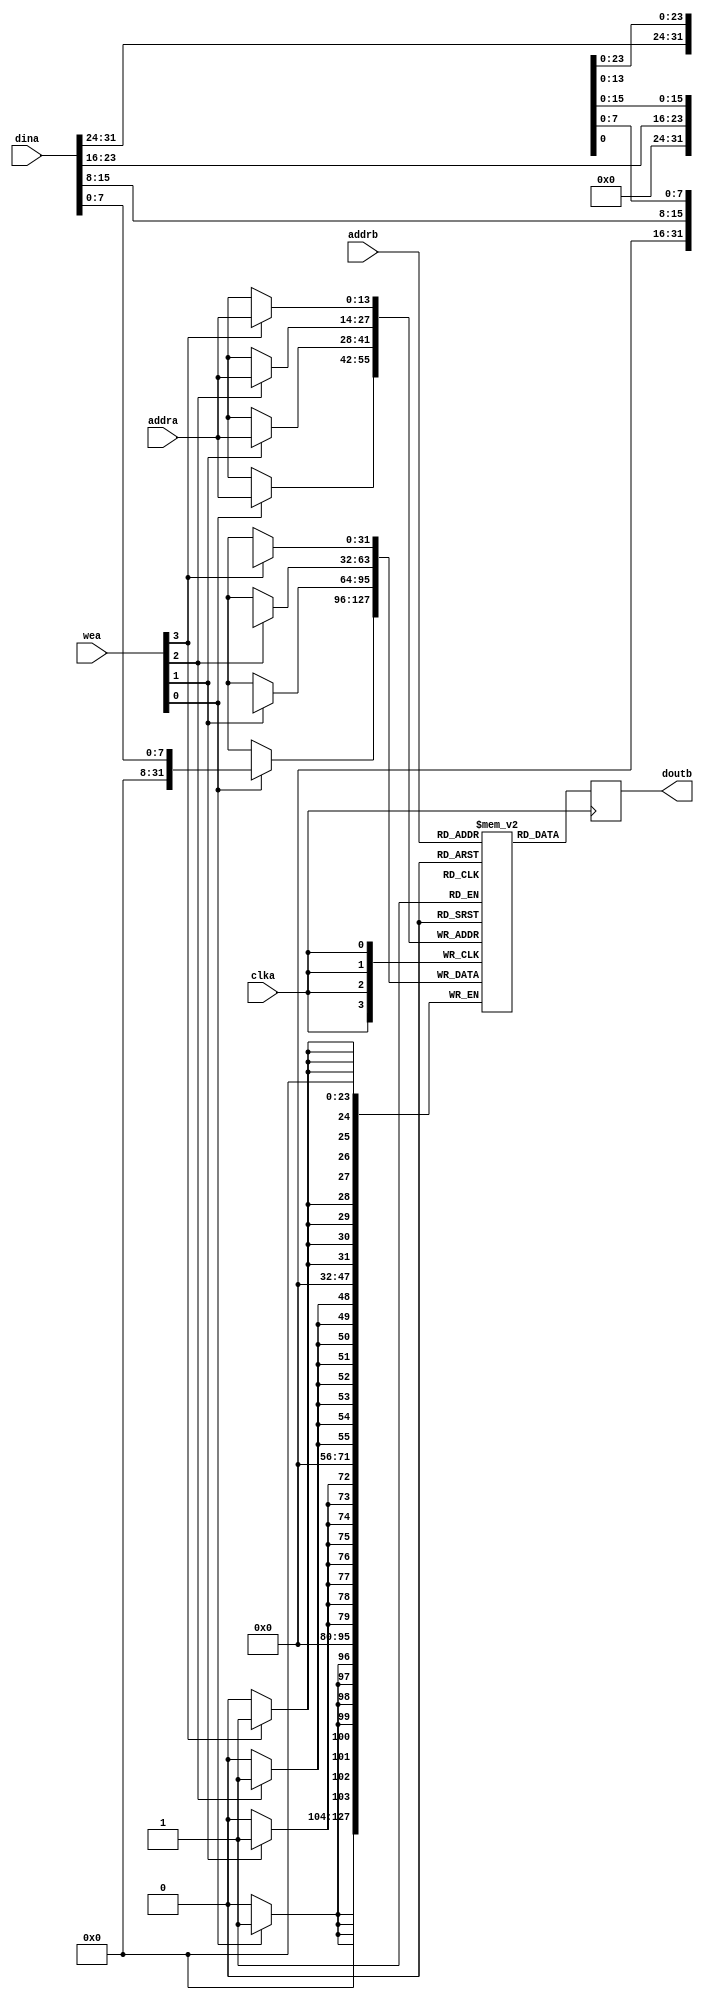
module Block_RAM #(
    parameter ADDR_WIDTH = 14
)   (
    input clka,
    input [ADDR_WIDTH-1:0] addra,
    input [ADDR_WIDTH-1:0] addrb,
    input [31:0] dina,
    input [3:0] wea,
    output reg [31:0] doutb
);

(* ram_style="block" *)reg [31:0] mem [(2**ADDR_WIDTH-1):0];

// initial begin
   // $readmemh("/home/ICer/fanjl_work/I2C/keil/code.hex",mem);
// end

always@(posedge clka) begin
    if(wea[0]) mem[addra][7:0] <= dina[7:0];
end
always@(posedge clka) begin
    if(wea[1]) mem[addra][15:8] <= dina[15:8];
end
always@(posedge clka) begin
    if(wea[2]) mem[addra][23:16] <= dina[23:16];
end
always@(posedge clka) begin
    if(wea[3]) mem[addra][31:24] <= dina[31:24];
end

always@(posedge clka) begin
    doutb <= mem[addrb];
end

endmodule